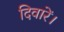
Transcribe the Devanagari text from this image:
दिवारें।